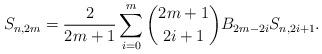
LaTeX: \begin{align*} S_{n,2m} = \frac{2}{2m+1}\sum\limits_{i=0}^m {2m+1\choose 2i+1} B_{2m-2i} S_{n,2i+1}.\end{align*}